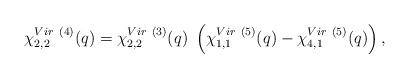
LaTeX: \begin{align*}\chi^{Vir~(4)}_{2,2} (q) = \chi^{Vir~(3)}_{2,2} (q){}~\left ( \chi^{Vir~(5)}_{1,1} (q)-\chi^{Vir~(5)}_{4,1} (q) \right ),\end{align*}